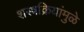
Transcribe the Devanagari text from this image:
शस्त्रक्रियांमुळे